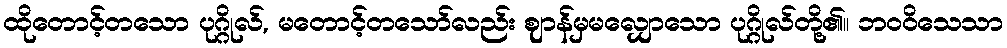
ထိုတောင့်တသော ပုဂ္ဂိုလ်, မတောင့်တသော်လည်း ဈာန်မှမလျှောသော ပုဂ္ဂိုလ်တို့၏။ ဘဝဝိသေသာ